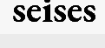
seises